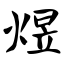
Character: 煜